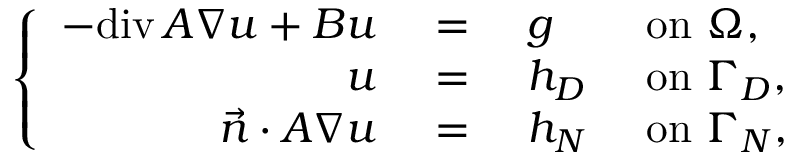
\left\{ \begin{array} { r c l l } { - \mathrm { d i v } \, A \nabla u + B u } & { \, \, = \, \, } & { g } & { \mathrm { ~ o n ~ } \Omega , } \\ { u } & { \, \, = \, \, } & { h _ { D } } & { \mathrm { ~ o n ~ } \Gamma _ { D } , } \\ { \vec { n } \cdot A \nabla u } & { \, \, = \, \, } & { h _ { N } } & { \mathrm { ~ o n ~ } \Gamma _ { N } , } \end{array} \right.